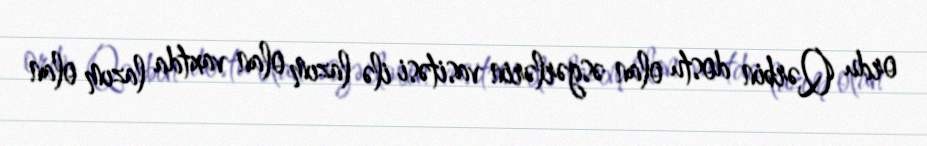
ordu Qərbin dostu olan əsgərlərin vasitəsi ilə lazım olan vaxtda lazım olan